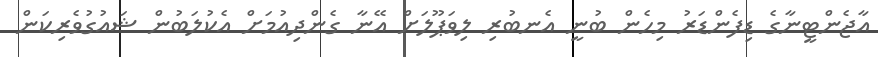
އާޖެންޓީނާގެ ޑިފެންޑަރު މިހެން ބުނީ އެނބުރި ލިވަޕޫލަށް އޭނާ ގެންދިއުމަށް އެކުލަބުން ޝައުގުވެރިކަން